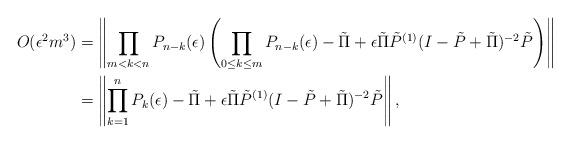
LaTeX: \begin{align*}O(\epsilon^2 m^3) &= \left\| \prod_{m<k< n} P_{n-k}(\epsilon) \left(\prod_{0\le k \le m} P_{n-k}(\epsilon) - \tilde{\Pi}+ \epsilon\tilde{\Pi}\tilde{P}^{(1)} (I-\tilde{P}+\tilde{\Pi})^{-2}\tilde{P} \right) \right\|\\&= \left\| \prod_{k=1}^{n}P_k(\epsilon) - \tilde{\Pi}+ \epsilon\tilde{\Pi } \tilde{P}^{(1)}(I-\tilde{P}+\tilde{\Pi})^{-2}\tilde{P} \right\|,\end{align*}